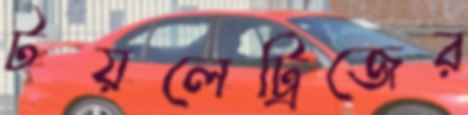
টয়লেট্রিজের